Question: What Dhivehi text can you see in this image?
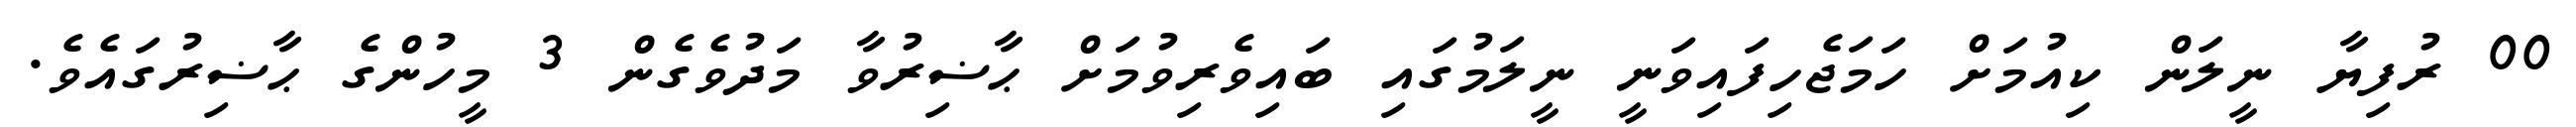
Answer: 00 ރުފިޔާ ނީލަން ކިއުމަށް ހަމަޖެހިފައިވަނީ ނީލަމުގައި ބައިވެރިވުމަށް ޙާޟިރުވާ މަދުވެގެން 3 މީހުންގެ ޙާޟިރުގައެވެ.